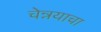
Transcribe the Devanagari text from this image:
चेन्नयाचा